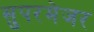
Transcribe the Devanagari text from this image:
सुपरमेजर